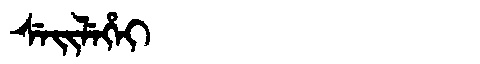
Manchu: ᠰᡝᡳᠯᡝᡥᡝᡳ
Romanization: SEILEHEI